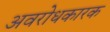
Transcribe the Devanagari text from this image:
अवरोधकारक